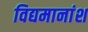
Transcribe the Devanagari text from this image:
विद्यमानांश